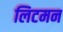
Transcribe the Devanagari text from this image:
लिटमन